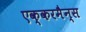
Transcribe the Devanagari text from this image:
एक्करमैन्स